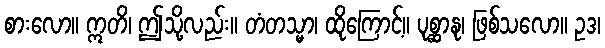
စားလော။ ဣတိ၊ ဤသို့လည်း။ တံတသ္မာ၊ ထိုကြောင့်။ ပုစ္ဆာနု၊ ဖြစ်သလော။ ဥဒ၊